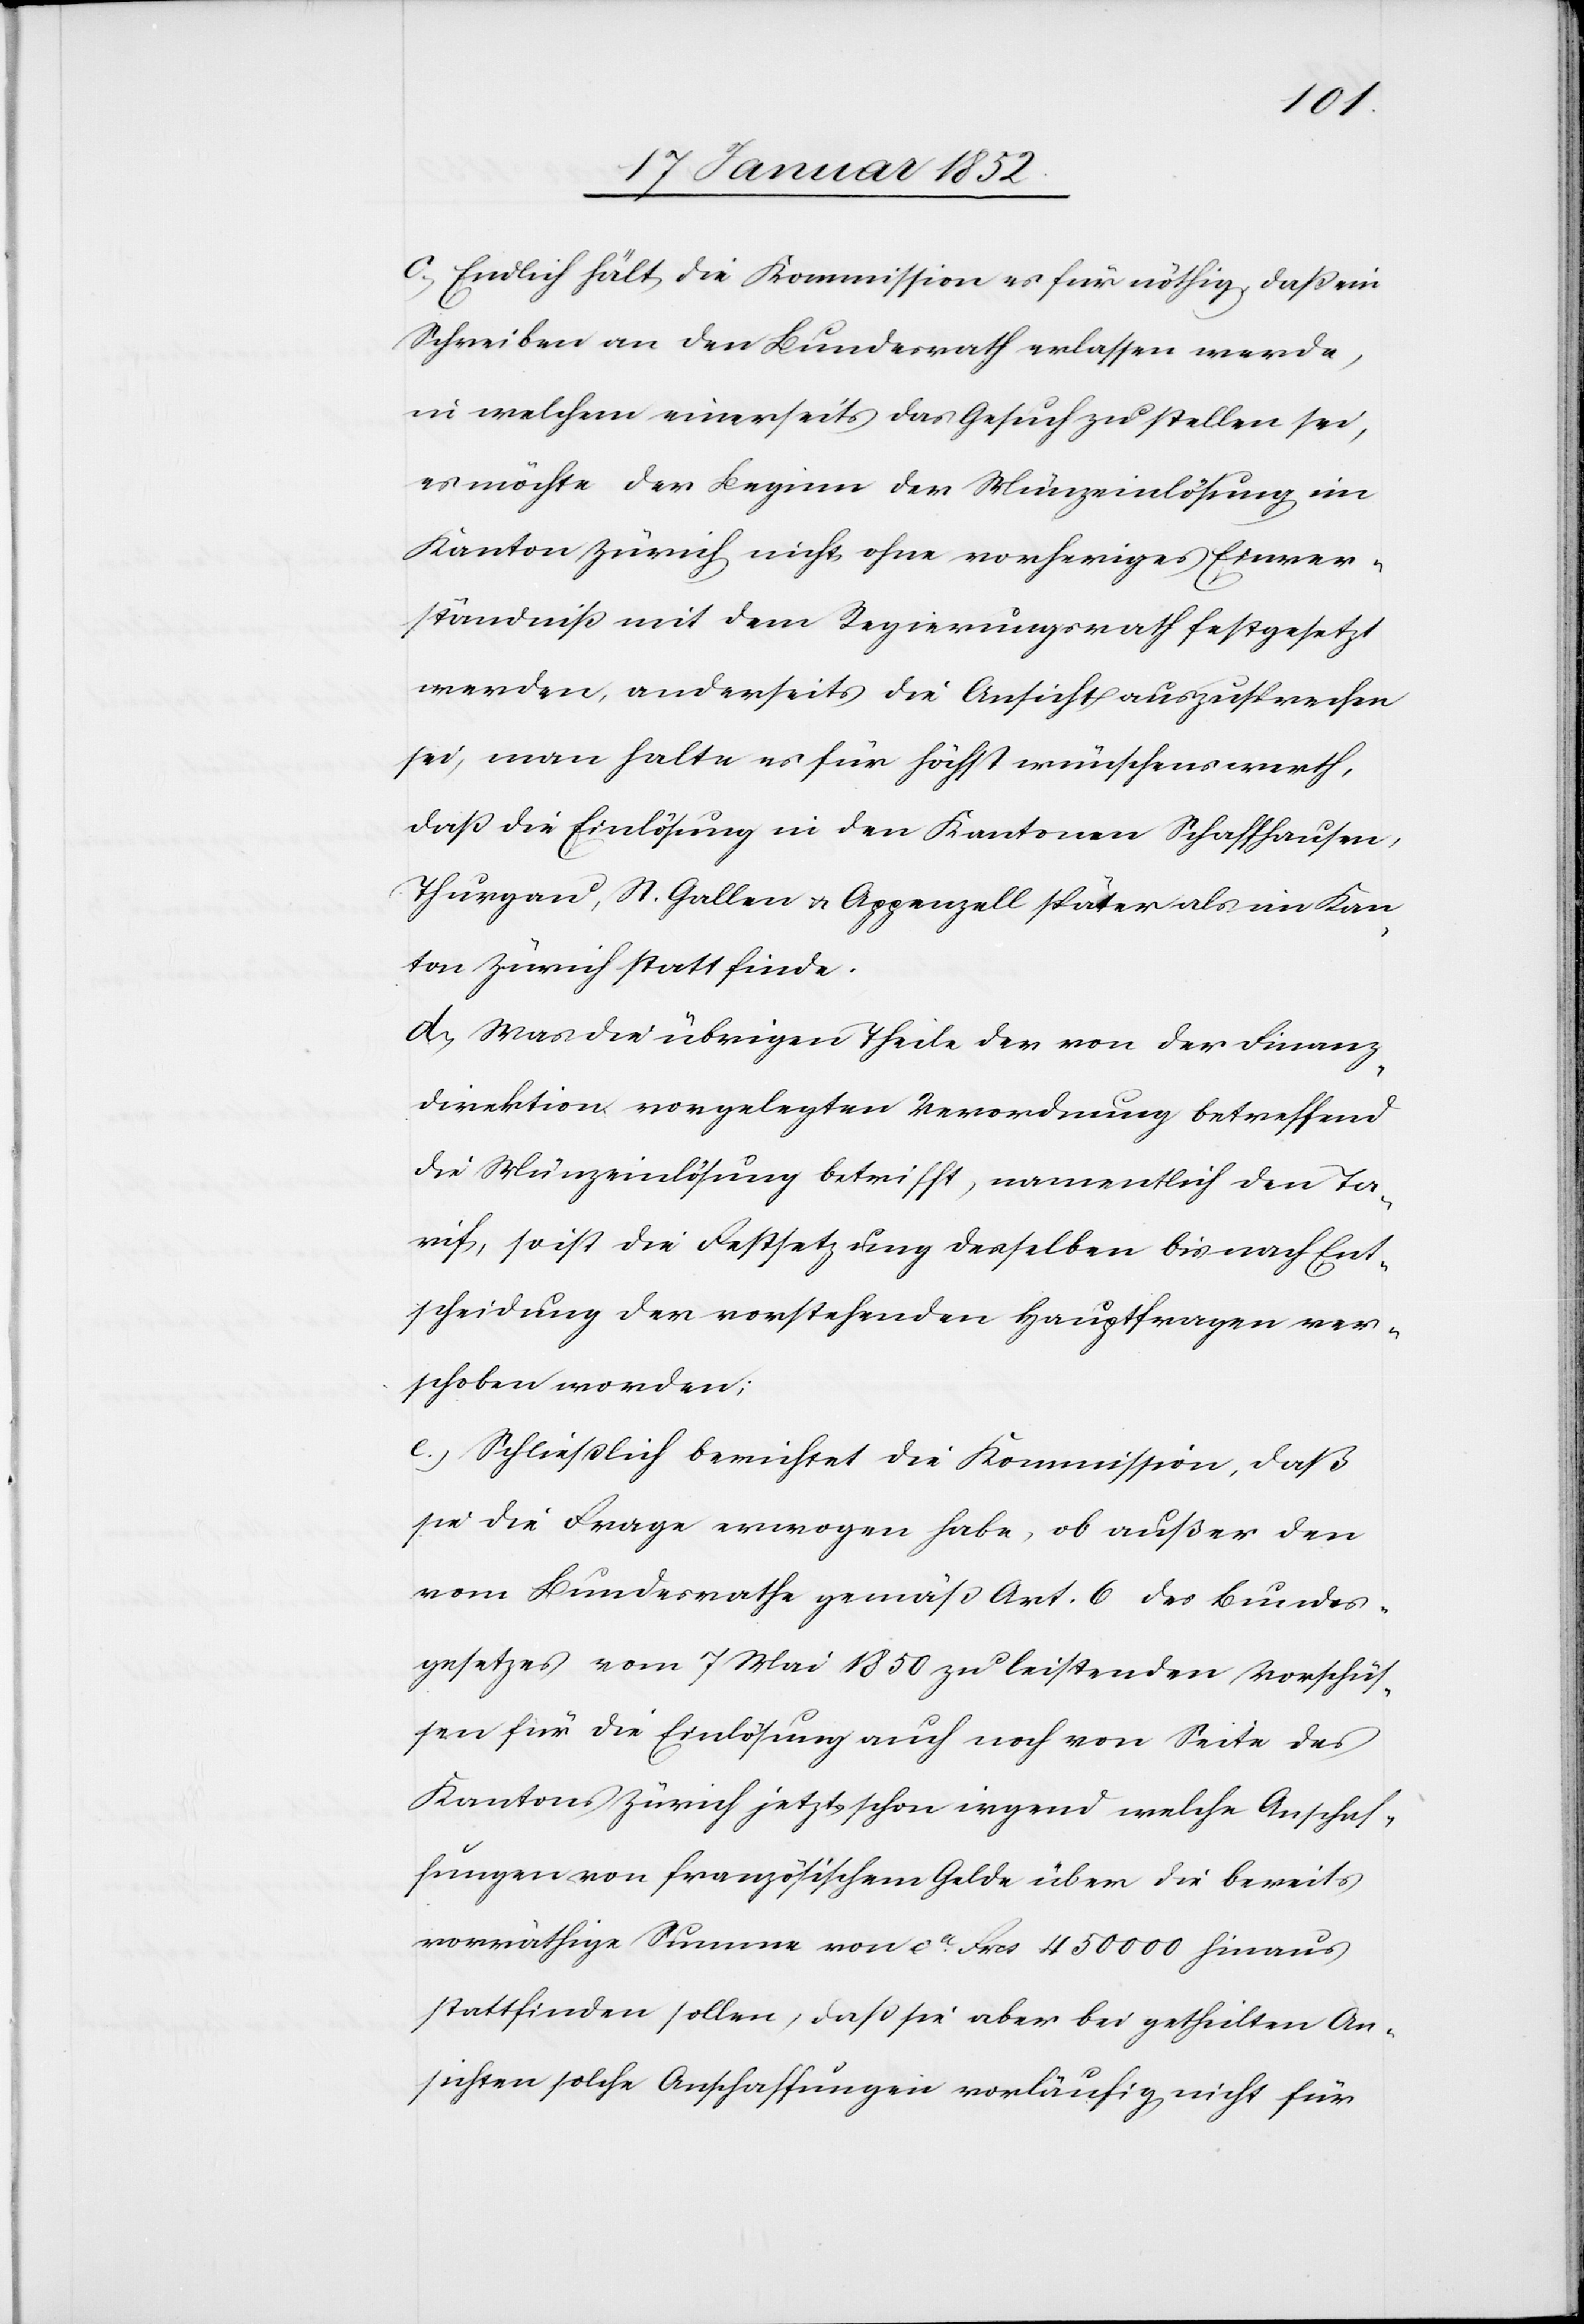
c.) Endlich hält die Kommission es für nöthig, daß ein
Schreiben an den Bundesrath erlassen werde,
in welchem einerseits das Gesuch zu stellen sei,
es möchte der Beginn der Münzeinlösung im
Kanton Zürich nicht ohne vorheriges Einver¬
ständniß mit dem Regierungsrath festgesetzt
werden, anderseits die Ansicht auszusprechen
sei, man halte es für höchst wünschenswerth,
daß die Einlösung in den Kantonen Schaffhausen,
Thurgau, St. Gallen u. Appenzell später als im Kan¬
ton Zürich statt finde.
d.) Was die übrigen Theile der von der Finanz¬
direktion vorgelegten Verordnung betreffend
die Münzeinlösung betrifft, namentlich den Ta¬
rif, so ist die Festsetzung desselben bis nach Ent¬
scheidung der vorstehenden Hauptfragen ver¬
schoben worden;
e.) Schließlich berichtet die Kommission, daß
sie die Frage erwogen habe, ob außer den
vom Bundesrathe gemäß Art. 6 des Bundes¬
gesetzes vom 7 Mai 1850 zu leistenden Vorschüs¬
sen für die Einlösung auch noch von Seite des
Kantons Zürich jetzt schon irgend welche Anschaf¬
fungen von französischem Gelde über die bereits
vorräthige Summe von ca Frcs 450 000 hinaus
stattfinden sollen, daß sie aber bei getheilten An¬
sichten solche Anschaffungen vorläufig nicht für